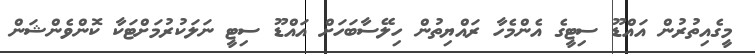
މީގެއިތުރުން އައްޑޫ ސިޓީގެ އެންމެހާ ރައްޔިތުން ހިލޭސާބަހަށް އައްޑޫ ސިޓީ ނަލަކުރުމަށްޓަކާ ކޮންވެންޝަން